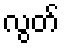
လွတ်